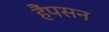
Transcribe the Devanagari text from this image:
हैंपसन